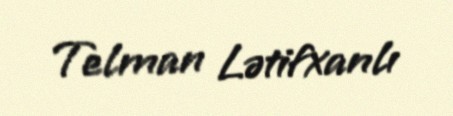
Telman Lətifxanlı